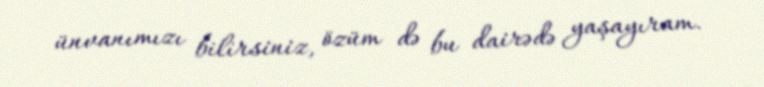
ünvanımızı bilirsiniz, özüm də bu dairədə yaşayıram.